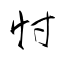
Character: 忖